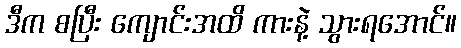
ဒီက စပြီး ကျောင်းအထိ ကားနဲ့ သွားရအောင်။